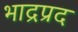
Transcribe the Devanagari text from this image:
भाद्रप्रद